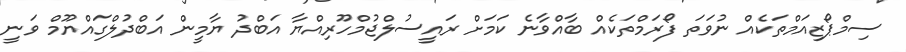
ސިމްޕޯޒިއަމްތަކެއް ނުވަތަ ފޯރަމްތަކެއް ބާއްވާނެ ކަމަށް ރައީސުލްޖުމްހޫރިއްޔާ އަބްދު ޔާމީން އަބްދުލްގައްޔޫމް ވަނީ